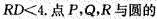
RD<4.点P，Q，R与圆的